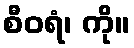
စီဝရံ၊ ကို။